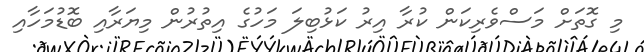
މި ގޮތަށް މަސްވެރިކަން ކުރާ އިރު ކަޅުބިލަ މަހުގެ އިތުރުން މިޔަރާއި ބޮޑުމަހާއި